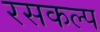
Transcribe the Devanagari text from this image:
रसकल्प